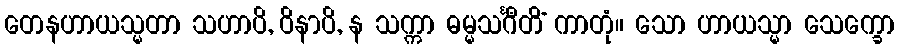
တေနဟာယသ္မတာ သဟာပိ, ဝိနာပိ, န သက္ကာ ဓမ္မသင်္ဂီတိံ ကာတုံ။ သော ဟာယသ္မာ သေက္ခော